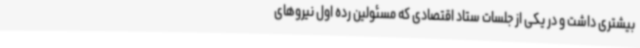
بیشتری داشت و در یکی از جلسات ستاد اقتصادی که مسئولین رده اول نیروهای